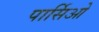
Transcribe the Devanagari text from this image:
पार्सिओ